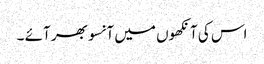
اس کی آنکھوں میں آنسو بھر آئے ۔